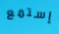
إستمع